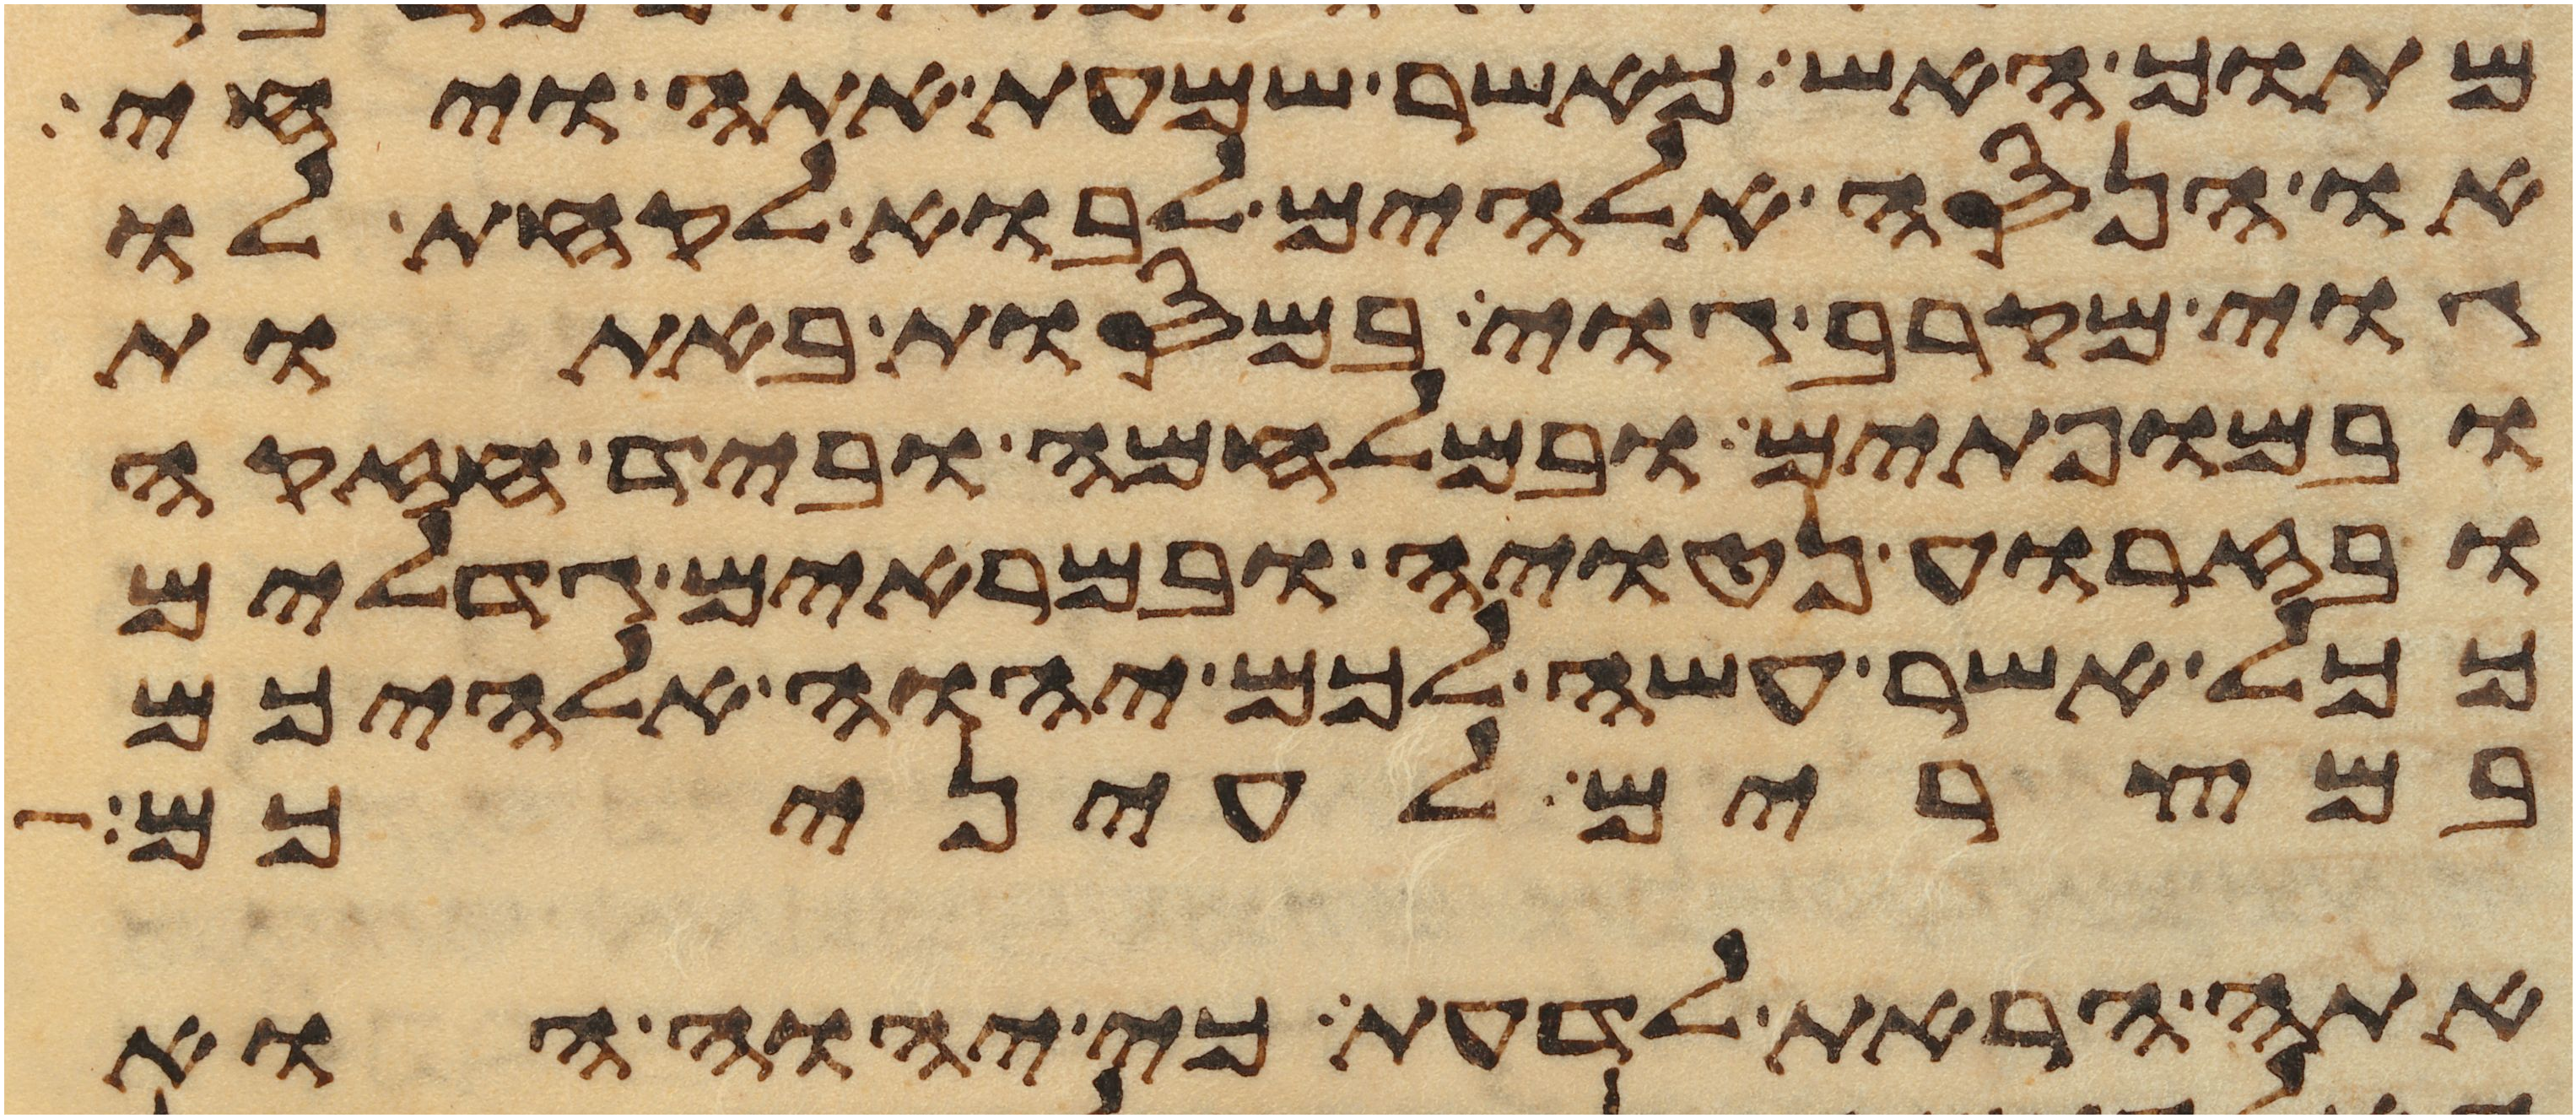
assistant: מתוך האש כאשר שמעת אתה ויחי
או הנסה אלהים לבוא לקחת לו
גוי מקרב גוי במסות באתות
ובמופתים ובמלחמה וביד חזקה
ובזרוע נטויה ובמראים גדלים
ככל אשר עשה לכם יהוה אלהיכם
במצרים לעיניכם
אתה הראת לדעת כי יהוה הוא